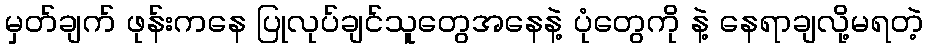
မှတ်ချက် ဖုန်းကနေ ပြုလုပ်ချင်သူတွေအနေနဲ့ ပုံတွေကို နဲ့ နေရာချလို့မရတဲ့